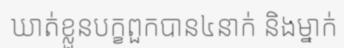
ឃាត់ខ្លួនបក្ខពួកបាន៤នាក់ និងម្នាក់